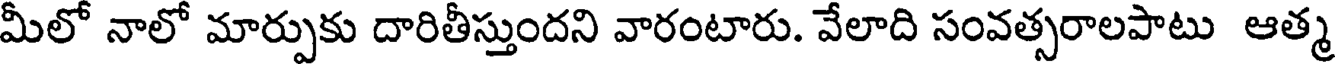
మీలో నాలో మార్పుకు దారితీస్తుందని వారంటారు. వేలాది సంవత్సరాలపాటు ఆత్మ